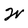
Character: W